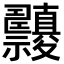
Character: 𥜹